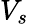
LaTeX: V_{s}